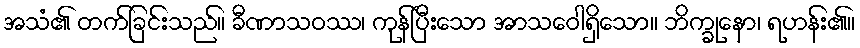
အသံ၏ တက်ခြင်းသည်။ ခီဏာသဝဿ၊ ကုန်ပြီးသော အာသဝေါရှိသော။ ဘိက္ခုနော၊ ရဟန်း၏။